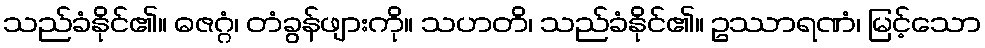
သည်ခံနိုင်၏။ ဓဇဂ္ဂံ၊ တံခွန်ဖျားကို။ သဟတိ၊ သည်ခံနိုင်၏။ ဥဿာရဏံ၊ မြင့်သော